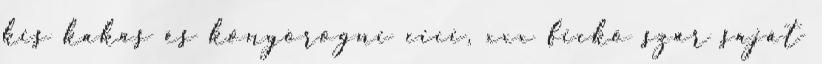
kis kakas és könyörögni cici, xxx fickó szar saját